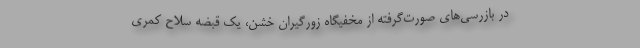
در بازرسی‌های صورت‌گرفته از مخفیگاه زورگیران خشن، یک قبضه سلاح کمری